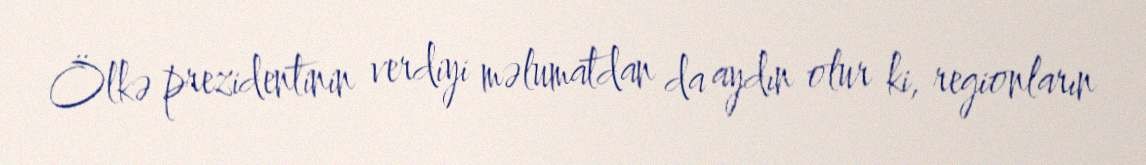
Ölkə prezidentinin verdiyi məlumatdan da aydın olur ki, regionların